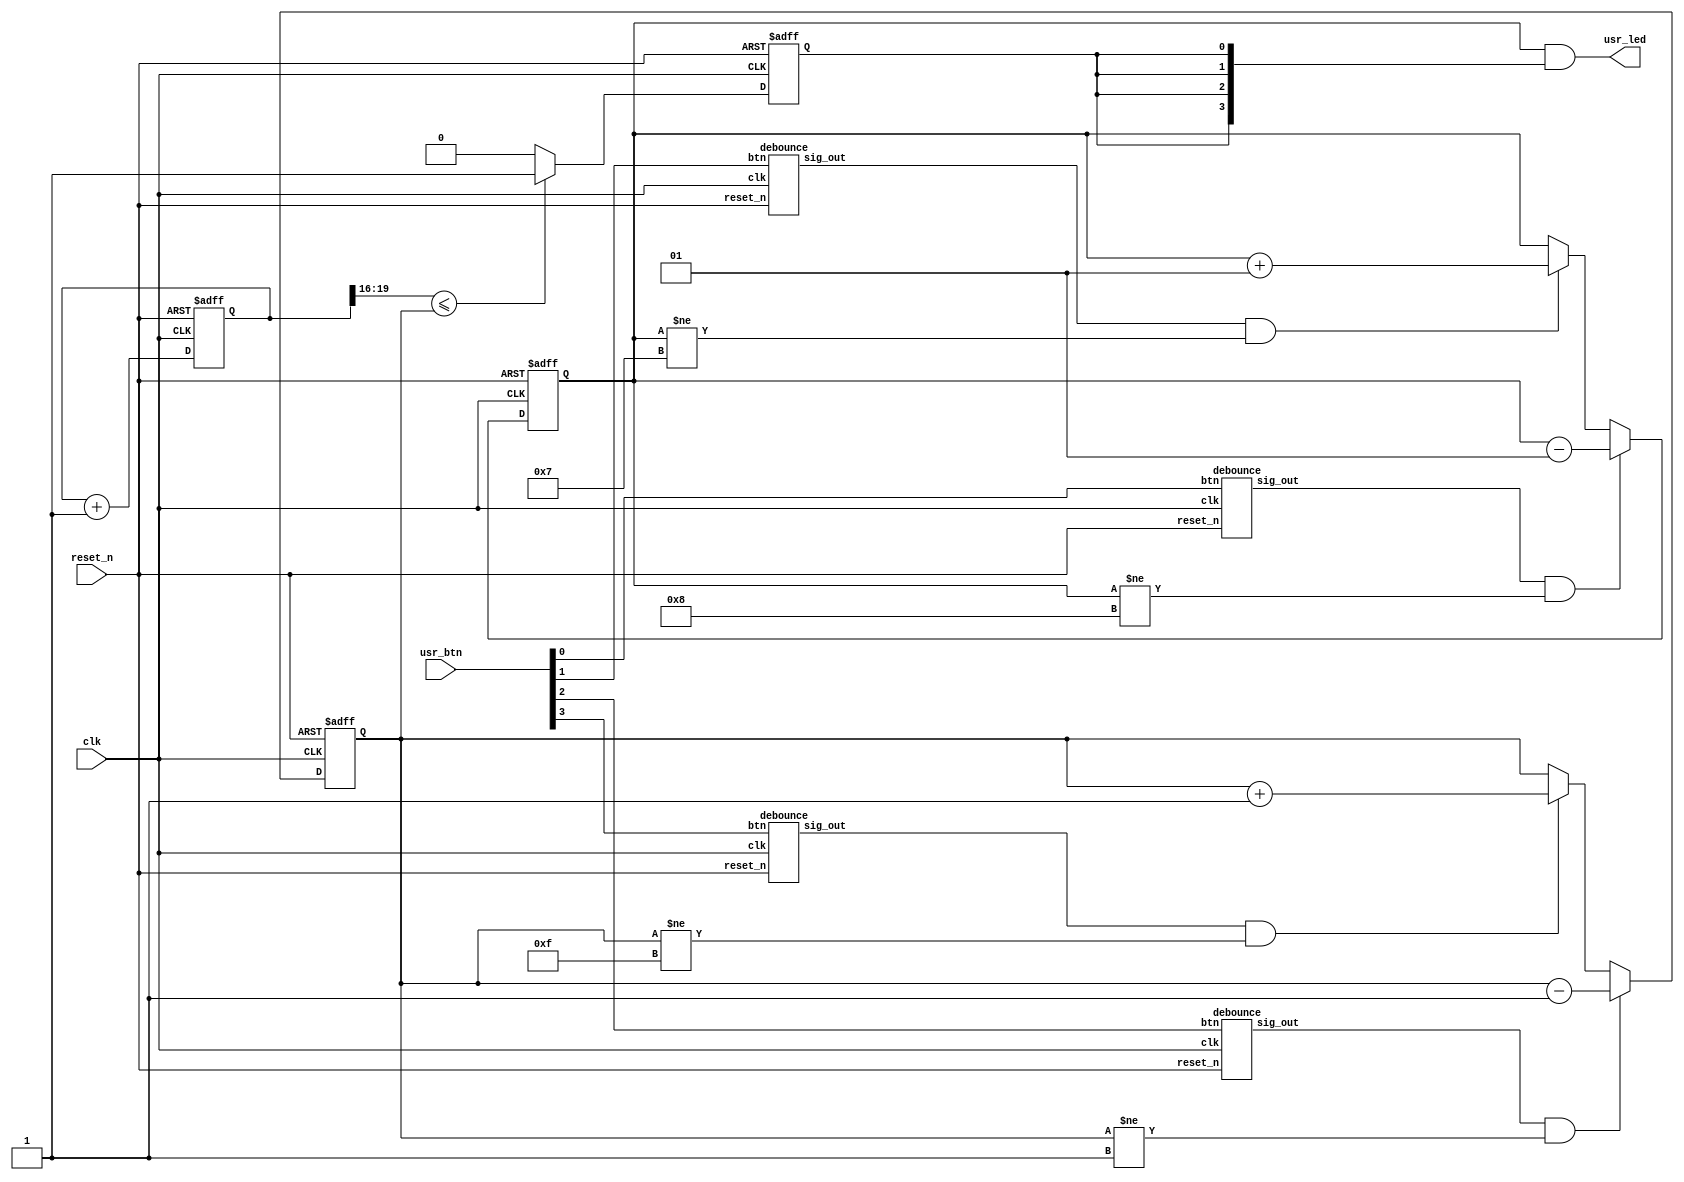
`timescale 1ns / 1ps
module lab4(
  input  clk,            // System clock at 100 MHz
  input  reset_n,        // System reset signal, in negative logic
  input  [3:0] usr_btn,  // Four user pushbuttons
  output [3:0] usr_led   // Four yellow LEDs
);

wire [3:0] btn;
debounce A0(clk, reset_n, usr_btn[0], btn[0]);
debounce A1(clk, reset_n, usr_btn[1], btn[1]);
debounce A2(clk, reset_n, usr_btn[2], btn[2]);
debounce A3(clk, reset_n, usr_btn[3], btn[3]);

reg signed [3:0] cnt;
reg [3:0] bri;
reg mask;
reg [23:0] period;

assign usr_led = cnt & {4{mask}};

always @(posedge clk, negedge reset_n) begin
    if (reset_n == 0) begin
        bri <= 8;
        cnt <= 3;
        period <= 0;
        mask <= 1;
    end else begin
        if (btn[0] && cnt != -8)
            cnt <= cnt - 1;
        else if (btn[1] && cnt != 7)
            cnt <= cnt + 1;
        if (btn[2] && bri != 4'h1)
            bri <= bri - 1;
        else if (btn[3] && bri != 4'hf)
            bri <= bri + 1;

        if (period[19:16] <= bri)
            mask = 1;
        else
            mask = 0;

        period <= period + 1;
    end
end

endmodule


module debounce(
    input clk,
    input reset_n,
    input btn,
    output sig_out
);

reg [27:0] pressing;
reg sig;

assign sig_out = sig;

always @(posedge clk, negedge reset_n) begin
    if (reset_n == 0) begin
        pressing = 28'h7654321;
        sig <= 0;
    end else begin
        if (sig == 1)
            sig = 0;
        else if (pressing > 28'h7a8b9c0) begin
            sig <= 1;
            pressing <= 28'h6420531;
        end else if (btn)
            pressing <= pressing + 1;
        else if (pressing < 28'h7654322)
            pressing <= pressing + 3;
        else if (pressing > 28'h7654323)
            pressing <= pressing - 3;
    end
end

endmodule